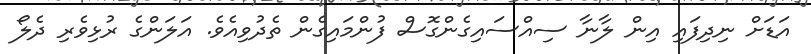
އަޑަށް ނިދިފައި އިން ލާނާ ސިއްސައިގެންގޮސް ފުންމައިގެން ތެދުވިއެވެ. އަލަންގެ ރުޅިވެރި ދެލޯ